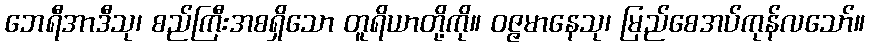
ဘေရီအာဒီသု၊ စည်ကြီးအစရှိသော တူရိယာတို့ကို။ ဝဇ္ဇမာနေသု၊ မြည်စေအပ်ကုန်လသော်။